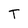
Character: T